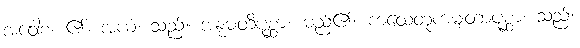
အဝေါစ၊ ၏။ အယံ၊ သည်။ အနုမတိပုစ္ဆာ။ မည်၏။ ကထေတုကမျတာပုစ္ဆာ၊ သည်။